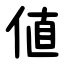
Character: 値